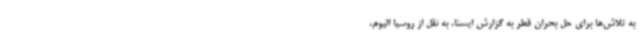
به تلاش‌ها برای حل بحران قطر به گزارش ایسنا، به نقل از روسیا الیوم،